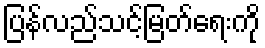
ပြန်လည်သင့်မြတ်ရေးကို